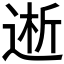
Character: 𮞝